65_HS1-834228961_62-HQ-83894_Section_7
Agency: FBI
Page 193
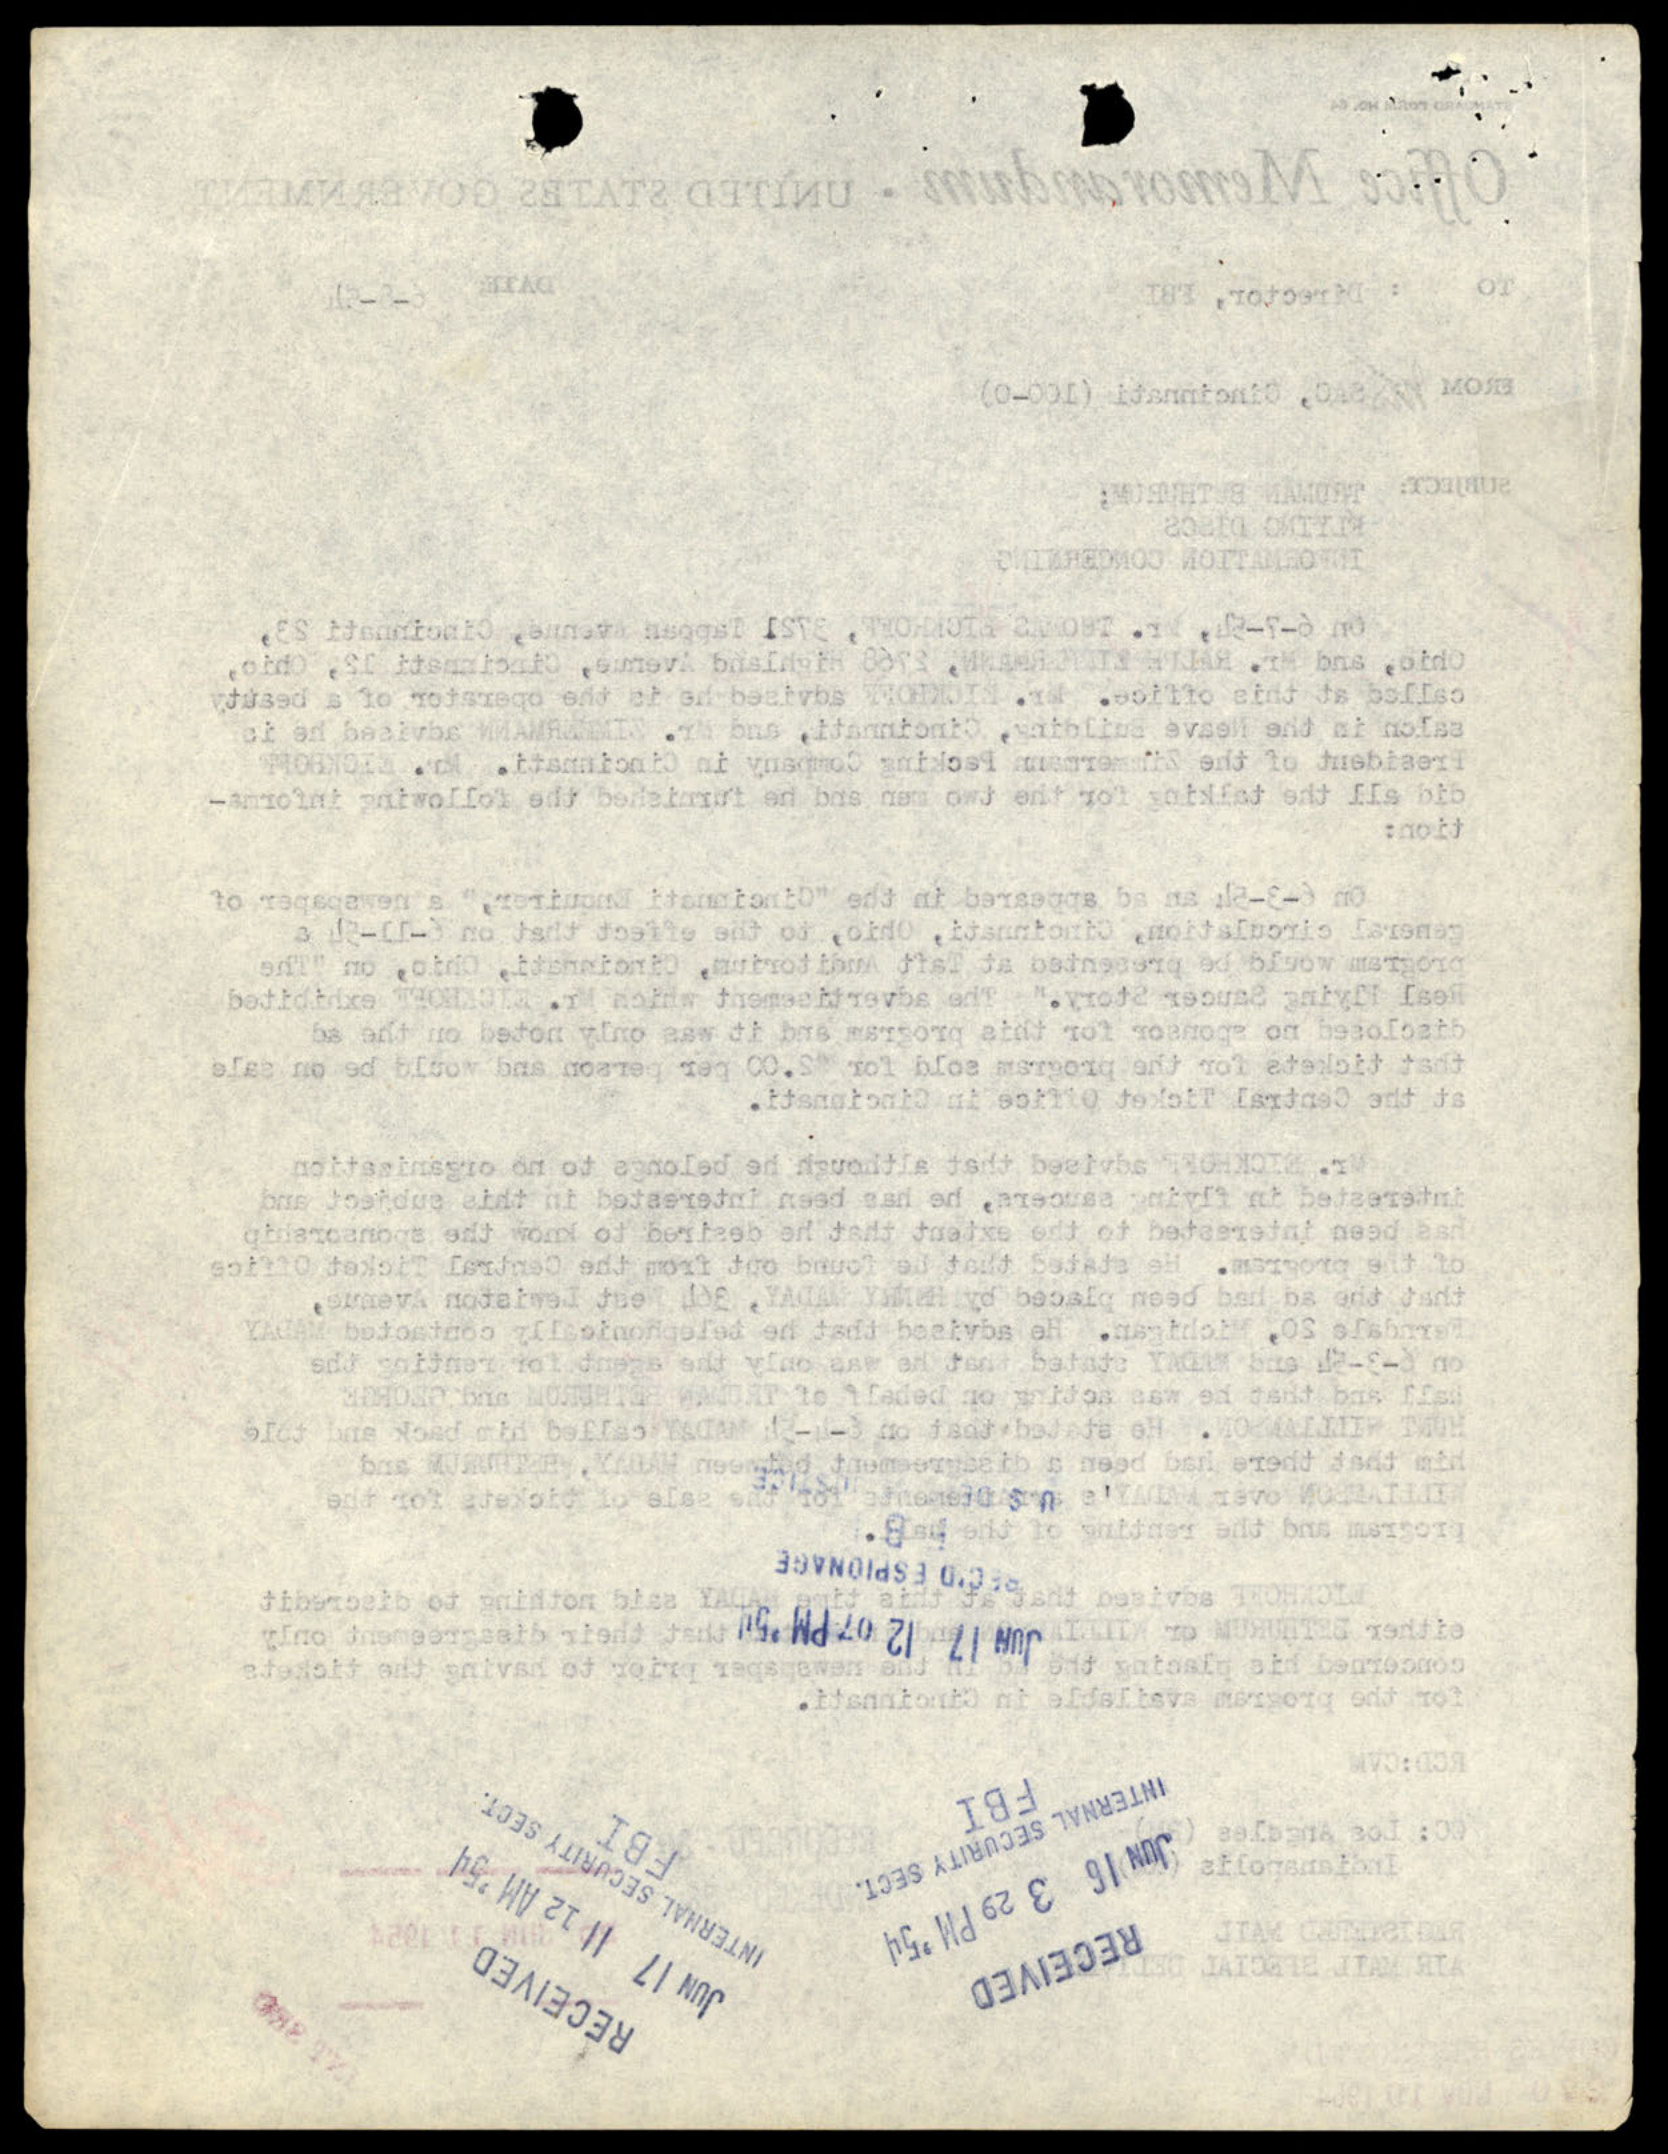